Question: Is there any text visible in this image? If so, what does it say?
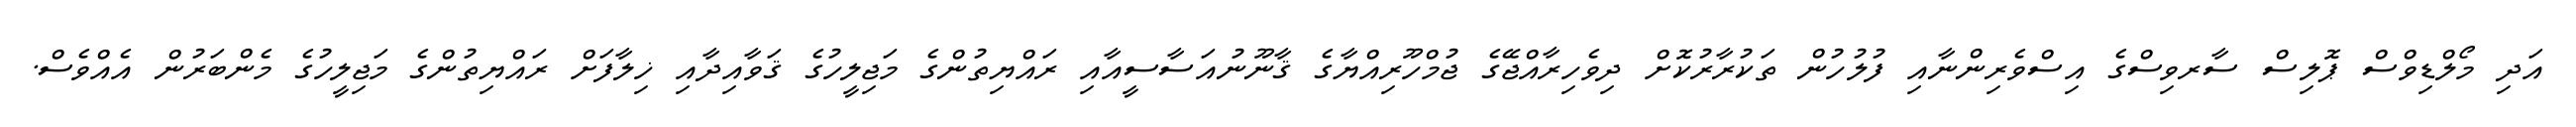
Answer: އަދި މޯލްޑިވްސް ޕޮލިސް ސާރވިސްގެ އިސްވެރިންނާއި ފުލުހުން ތަކުރާރުކޮށް ދިވެހިރާއްޖޭގެ ޖުމްހޫރިއްޔާގެ ޤާނޫނުއަސާސީއާއި ރައްޔިތުންގެ މަޖިލީހުގެ ޤަވާއިދާއި ޚިލާފަށް ރައްޔިތުންގެ މަޖިލީހުގެ މެންބަރުން އެއްވެސް.